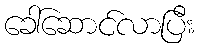
ခေါ်ဆောင်လာပြီး